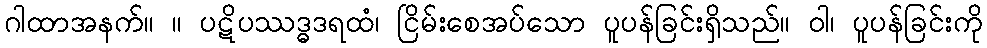
ဂါထာအနက်။ ။ ပဋိပဿဒ္ဓဒရထံ၊ ငြိမ်းစေအပ်သော ပူပန်ခြင်းရှိသည်။ ဝါ၊ ပူပန်ခြင်းကို